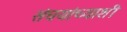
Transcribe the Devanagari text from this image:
संघयांच्याशी